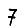
Digit: 7